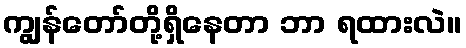
ကျွန်တော်တို့ရှိနေတာ ဘာ ရထားလဲ။